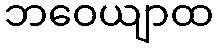
ဘဝေယျာထ